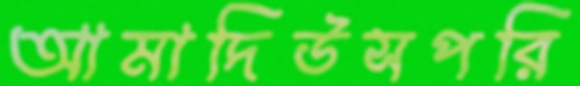
আমাদিউসপরি